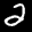
Label: 2